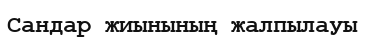
Сандар жиынының жалпылауы